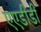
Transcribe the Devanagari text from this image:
एएडीडी